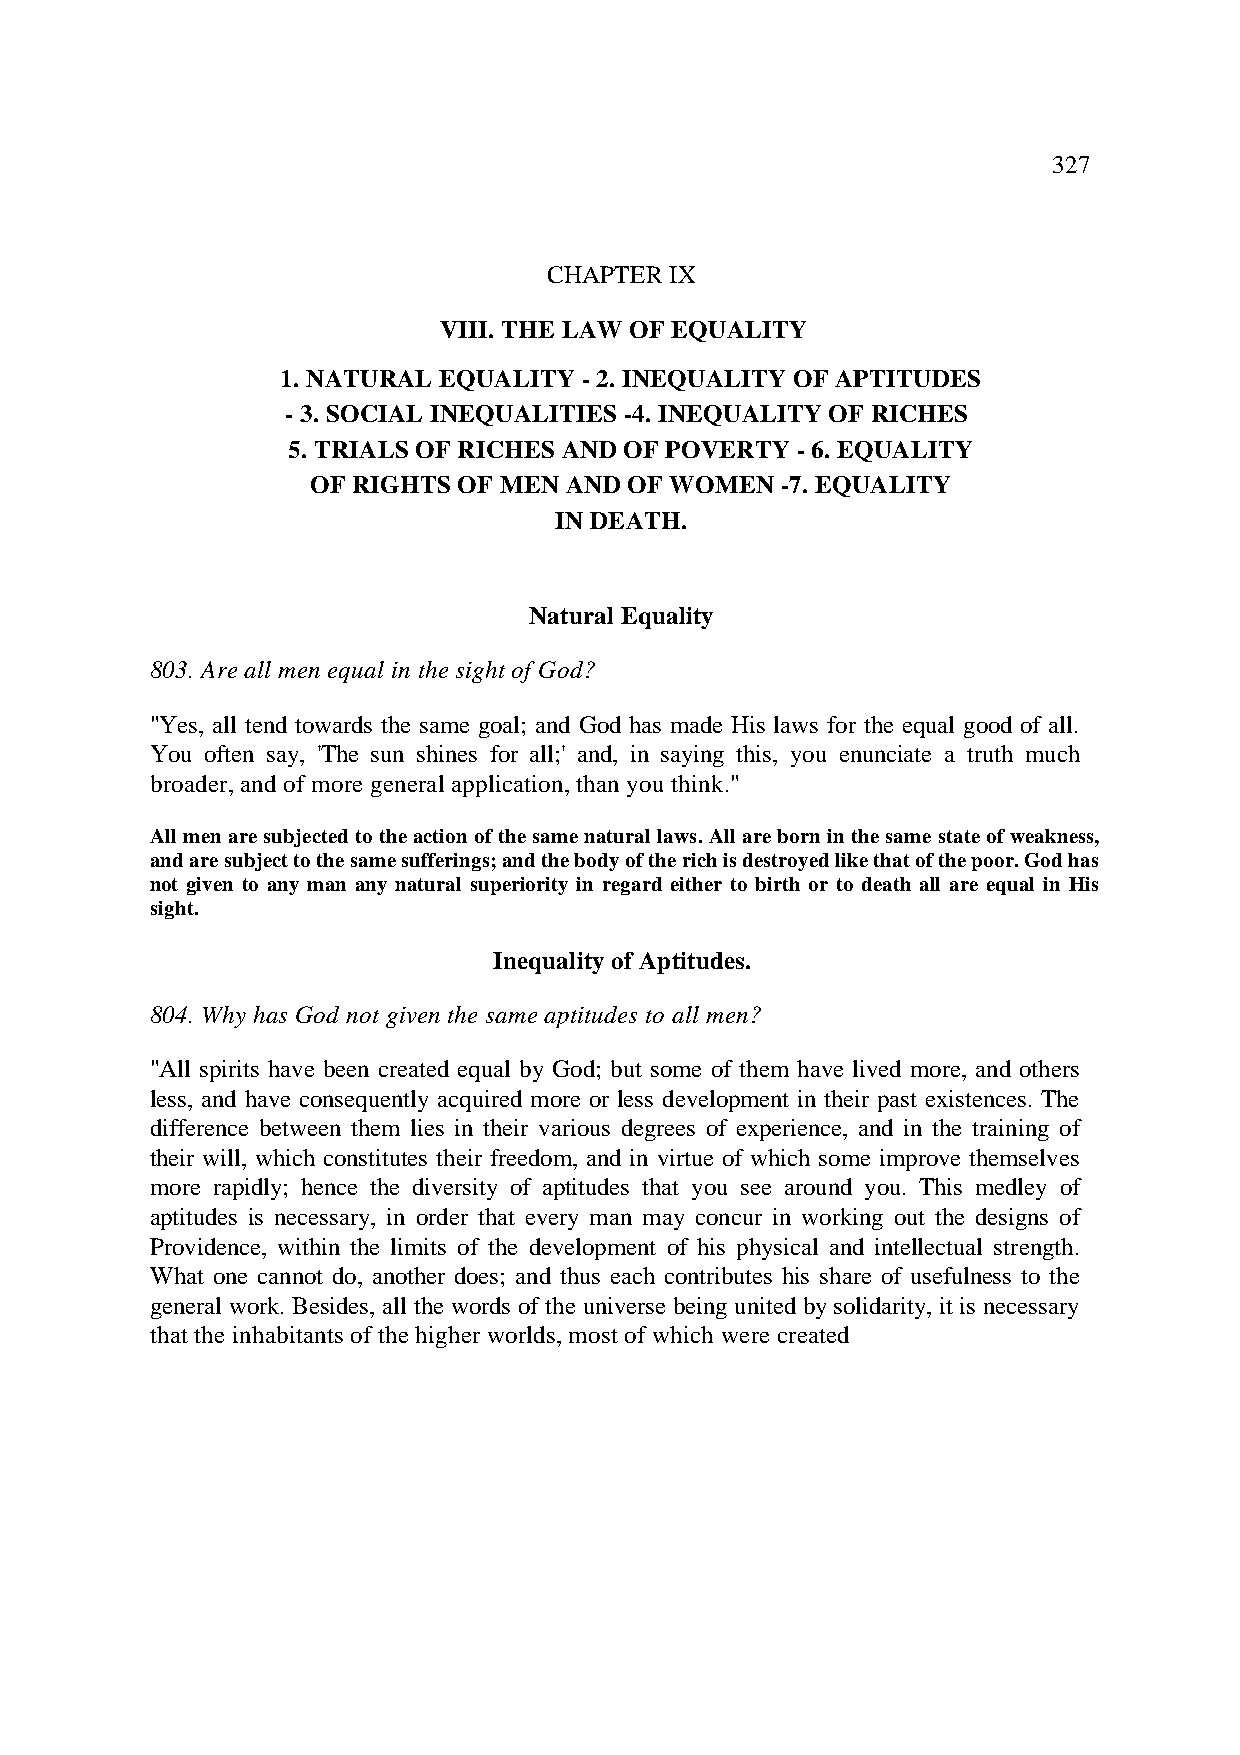
327
 CHAPTER IX
 VIII. THE LAW OF EQUALITY
 1. NATURAL EQUALITY - 2. INEQUALITY OF APTITUDES
 - 3. SOCIAL INEQUALITIES -4. INEQUALITY OF RICHES
 5. TRIALS OF RICHES AND OF POVERTY - 6. EQUALITY
 OF RIGHTS OF MEN AND OF WOMEN -7. EQUALITY
 IN DEATH.
 Natural Equality
 803. Are all men equal in the sight of God?
 "Yes, all tend towards the same goal; and God has made His laws for the equal good of all.
 You often say, 'The sun shines for all;' and, in saying this, you enunciate a truth much
 broader, and of more general application, than you think."
 All men are subjected to the action of the same natural laws. All are born in the same state of weakness,
 and are subject to the same sufferings; and the body of the rich is destroyed like that of the poor. God has
 not given to any man any natural superiority in regard either to birth or to death all are equal in His
 sight.
 Inequality of Aptitudes.
 804. Why has God not given the same aptitudes to all men?
 "All spirits have been created equal by God; but some of them have lived more, and others
 less, and have consequently acquired more or less development in their past existences. The
 difference between them lies in their various degrees of experience, and in the training of
 their will, which constitutes their freedom, and in virtue of which some improve themselves
 more rapidly; hence the diversity of aptitudes that you see around you. This medley of
 aptitudes is necessary, in order that every man may concur in working out the designs of
 Providence, within the limits of the development of his physical and intellectual strength.
 What one cannot do, another does; and thus each contributes his share of usefulness to the
 general work. Besides, all the words of the universe being united by solidarity, it is necessary
 that the inhabitants of the higher worlds, most of which were created